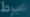
غبرط